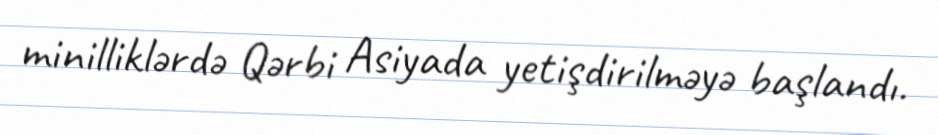
minilliklərdə Qərbi Asiyada yetişdirilməyə başlandı.